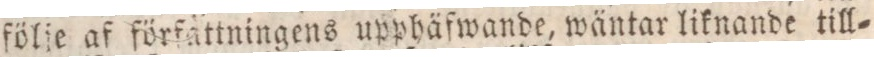
följe af författningens upphäfwande, wäntar liknande till=